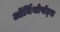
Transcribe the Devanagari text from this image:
ऑर्निथोपॉड्स